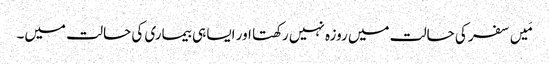
مَیں سفر کی حالت میں روزہ نہیں رکھتا اور ایسا ہی بیماری کی حالت میں۔